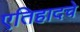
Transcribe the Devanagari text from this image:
एतिहादचे